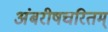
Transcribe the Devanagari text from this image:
अंबरीषचरितम्